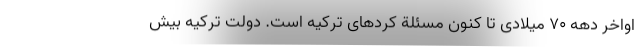
اواخر دهه ۷۰ میلادی تا کنون مسئلة کرد‌های ترکیه است. دولت ترکیه بیش